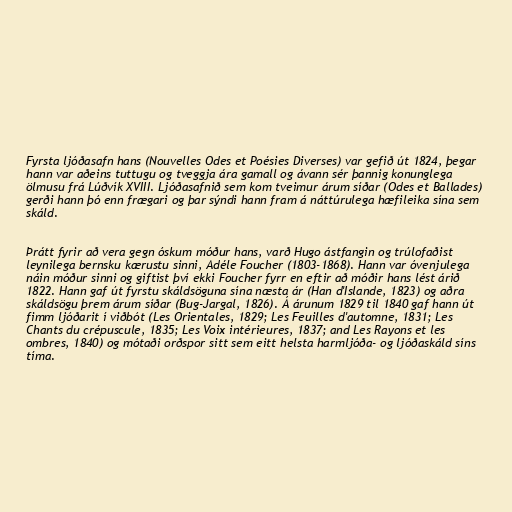
Fyrsta ljóðasafn hans (Nouvelles Odes et Poésies Diverses) var gefið út 1824, þegar
hann var aðeins tuttugu og tveggja ára gamall og ávann sér þannig konunglega
ölmusu frá Lúðvík XVIII. Ljóðasafnið sem kom tveimur árum síðar (Odes et Ballades)
gerði hann þó enn frægari og þar sýndi hann fram á náttúrulega hæfileika sína sem
skáld.

Þrátt fyrir að vera gegn óskum móður hans, varð Hugo ástfangin og trúlofaðist
leynilega bernsku kærustu sinni, Adéle Foucher (1803-1868). Hann var óvenjulega
náin móður sinni og giftist því ekki Foucher fyrr en eftir að móðir hans lést árið
1822. Hann gaf út fyrstu skáldsöguna sína næsta ár (Han d'Islande, 1823) og aðra
skáldsögu þrem árum síðar (Bug-Jargal, 1826). Á árunum 1829 til 1840 gaf hann út
fimm ljóðarit í viðbót (Les Orientales, 1829; Les Feuilles d'automne, 1831; Les
Chants du crépuscule, 1835; Les Voix intérieures, 1837; and Les Rayons et les
ombres, 1840) og mótaði orðspor sitt sem eitt helsta harmljóða- og ljóðaskáld síns
tíma.